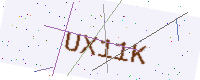
Text: UX11K